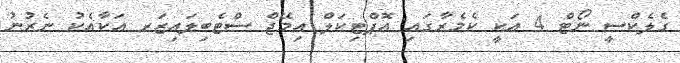
ގެލެކްސީ ނޯޓް 4 އަކީ ކެމެރާގައި އޮޕްޓިކަލް އިމޭޖް ސްޓެބިލައިޒަރ އަކާއެކު ނެރުނު